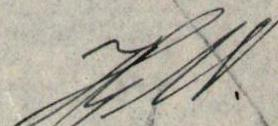
JW.